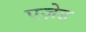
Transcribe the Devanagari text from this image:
एज़ेड